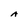
Character: A